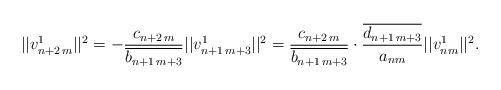
LaTeX: \begin{align*} ||v_{n+2\,m}^1||^2= -\frac{c_{n+2\,m}}{\overline{b_{n+1\,m+3}}}||v_{n+1\,m+3}^1||^2= \frac{c_{n+2\,m}}{\overline{b_{n+1\,m+3}}}\cdot \frac{\overline{d_{n+1\,m+3}}}{a_{nm}}||v_{nm}^1||^2.\end{align*}